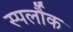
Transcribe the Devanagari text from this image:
स्पर्लौक